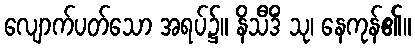
လျောက်ပတ်သော အရပ်၌။ နိသီဒိံ သု၊ နေကုန်၏။